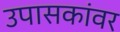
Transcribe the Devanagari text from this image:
उपासकांवर